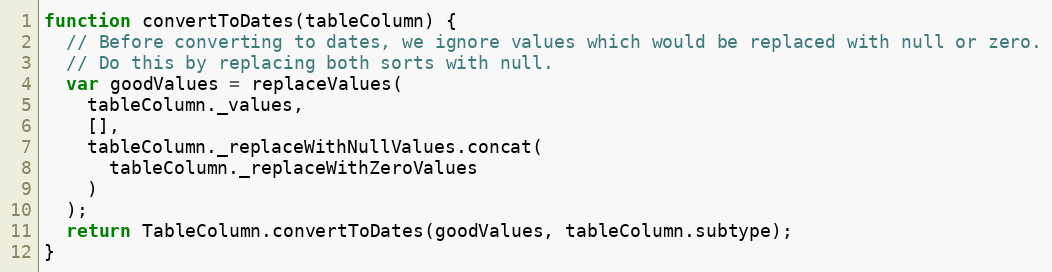
Language: JavaScript
function convertToDates(tableColumn) {
  // Before converting to dates, we ignore values which would be replaced with null or zero.
  // Do this by replacing both sorts with null.
  var goodValues = replaceValues(
    tableColumn._values,
    [],
    tableColumn._replaceWithNullValues.concat(
      tableColumn._replaceWithZeroValues
    )
  );
  return TableColumn.convertToDates(goodValues, tableColumn.subtype);
}